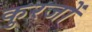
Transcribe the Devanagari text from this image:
कुरजों